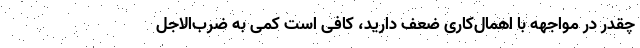
چقدر در مواجهه با اهمال‌کاری ضعف دارید، کافی است کمی به ضرب‌الاجل